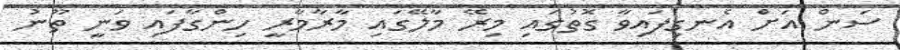
ސަން އަށް އެނގިފައިވާ ގޮތުގައި މިރޭ މާލޭގައި މާރާމާރީ ހިންގާފައި ވަނީ ތޫނު